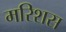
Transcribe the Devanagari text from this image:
मरिशस